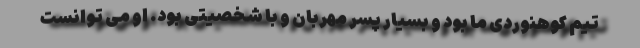
تیم کوهنوردی ما بود و بسیار پسر مهربان و با شخصیتی بود. او می توانست